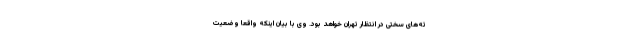
ته‌های سختی در انتظار تهران خواهد بود. وی با بیان اینکه واقعا وضعیت